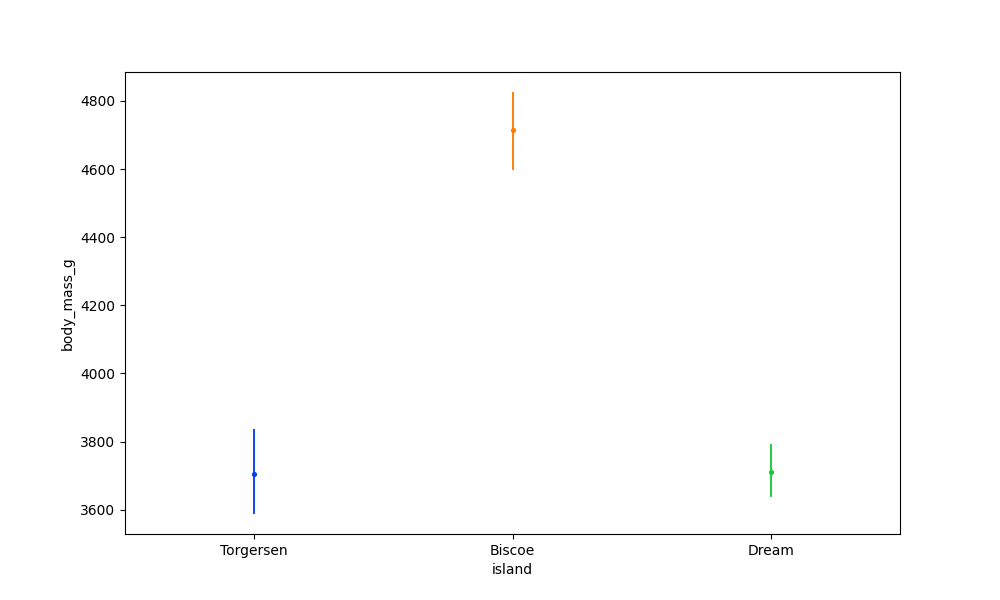
python, seaborn, pointplot, scale=0.5, join=False, hue='None', palette='bright'